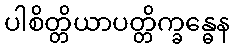
ပါစိတ္တိယာပတ္တိက္ခန္ဓေန